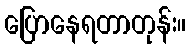
ပြောနေရတာတုန်း။